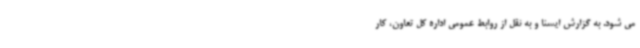
می شود. به گزارش ایسنا و به نقل از روابط عمومی اداره کل تعاون، کار